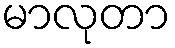
မာလုတာ